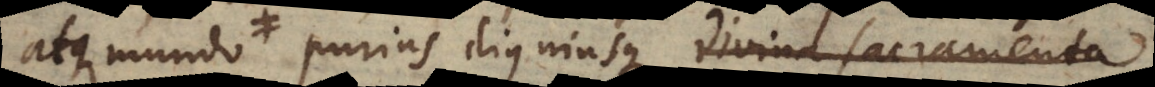
et c purius digniusque divina Sacramenta